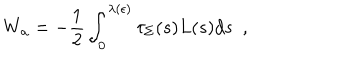
LaTeX: W _ { \bf a } = - { \frac { 1 } { 2 } } \int _ { 0 } ^ { \lambda ( \epsilon ) } \tau _ { \Sigma } ( s ) L ( s ) d s ~ ~ ,